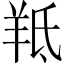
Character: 羝